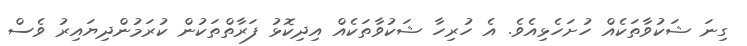
ގިނަ ޝަކުވާތަކެއް ހުށަހެޅިއެވެ. އެ ހުރިހާ ޝަކުވާތަކެއް އިދިކޮޅު ފަރާތްތަކުން ކުރަމުންދިޔައިރު ވެސް